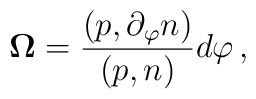
{\bf\Omega}=\frac{(p,\partial_\varphi n)}{(p,n)}d\varphi \, ,